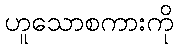
ဟူသောစကားကို